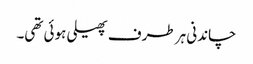
چاندنی ہر طرف پھیلی ہوئی تھی۔